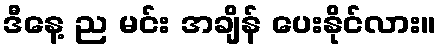
ဒီနေ့ ည မင်း အချိန် ပေးနိုင်လား။